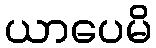
ယာပေမိ